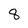
Character: 8